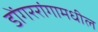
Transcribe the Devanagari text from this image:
डोंगररांगामधील